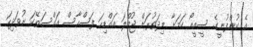
އެ ކުންފުނީގެ ސީއީއޯ ކަމަށާ މިދަތުރަށް ޖުމްލަ އައްޑިހަ ފަސްހާސް އައްސަތޭކަ ނުވަދިހަ